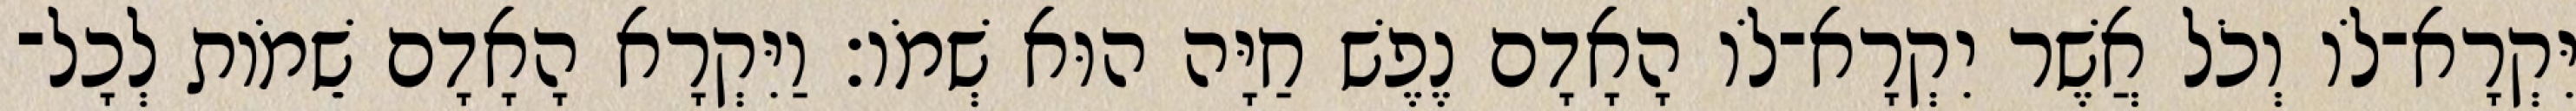
יִּקְרָא־לֹו וְכֹל אֲשֶׁר יִקְרָא־לֹו הָאָדָם נֶפֶשׁ חַיָּה הוּא שְׁמֹו׃ וַיִּקְרָא הָאָדָם שֵׁמֹות לְכָל־